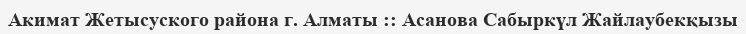
Акимат Жетысуского района г. Алматы :: Асанова Сабыркүл Жайлаубекқызы